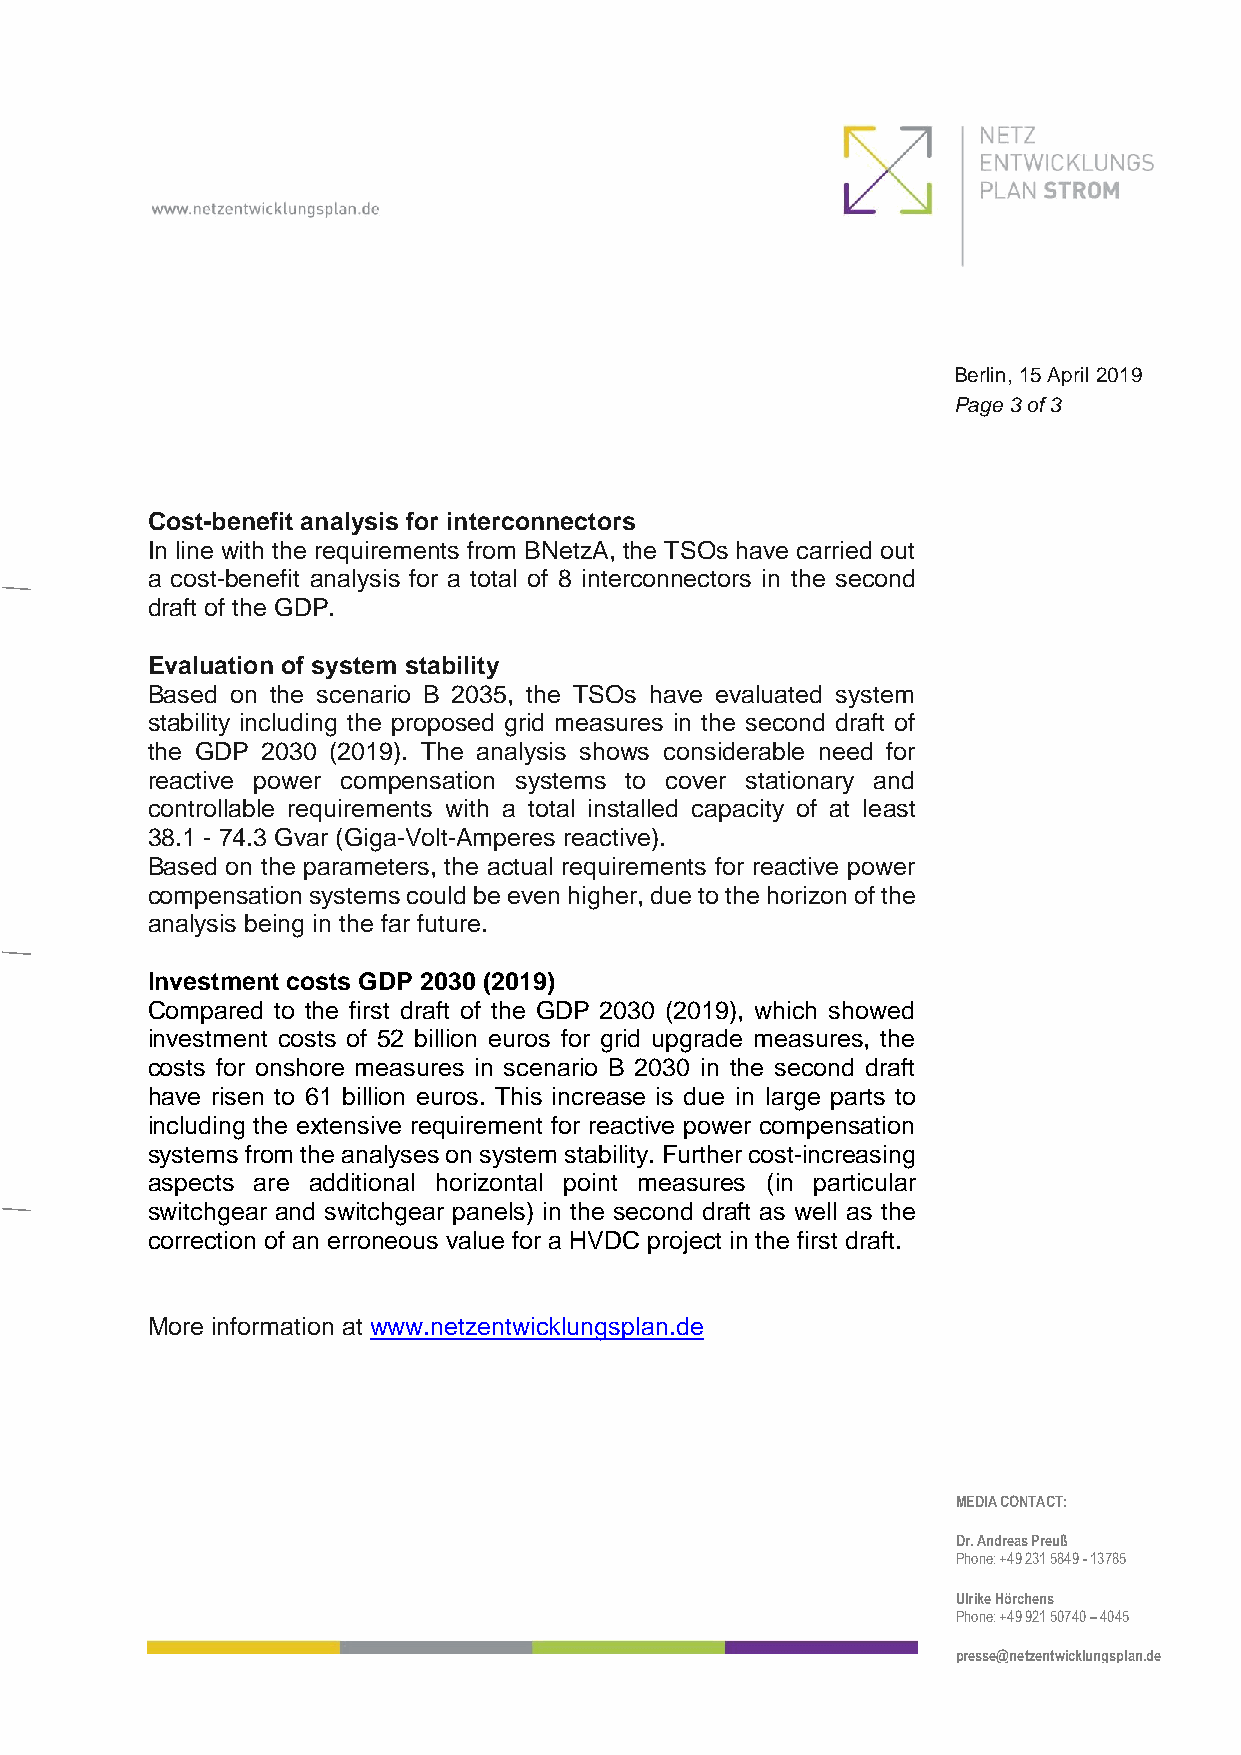
Berlin, 15 April 2019
 Page 3 of 3
 Cost-benefit analysis for interconnectors
 In line with the requirements from BNetzA, the TSOs have carried out
 a cost-benefit analysis for a total of 8 interconnectors in the second
 draft of the GDP.
 Evaluation of system stability
 Based on the scenario B 2035, the TSOs have evaluated system
 stability including the proposed grid measures in the second draft of
 the GDP 2030 (2019). The analysis shows considerable need for
 reactive power compensation systems to cover stationary and
 controllable requirements with a total installed capacity of at least
 38.1 - 74.3 Gvar (Giga-Volt-Amperes reactive).
 Based on the parameters, the actual requirements for reactive power
 compensation systems could be even higher, due to the horizon of the
 analysis being in the far future.
 Investment costs GDP 2030 (2019)
 Compared to the first draft of the GDP 2030 (2019), which showed
 investment costs of 52 billion euros for grid upgrade measures, the
 costs for onshore measures in scenario B 2030 in the second draft
 have risen to 61 billion euros. This increase is due in large parts to
 including the extensive requirement for reactive power compensation
 systems from the analyses on system stability. Further cost-increasing
 aspects are additional horizontal point measures (in particular
 switchgear and switchgear panels) in the second draft as well as the
 correction of an erroneous value for a HVDC project in the first draft.
 More information at www.netzentwicklungsplan.de
 MEDIA CONTACT:
 Dr. Andreas Preuß
 Phone: +49 231 5849 - 13785
 Ulrike Hörchens
 Phone: +49 921 50740 – 4045
 presse@netzentwicklungsplan.de